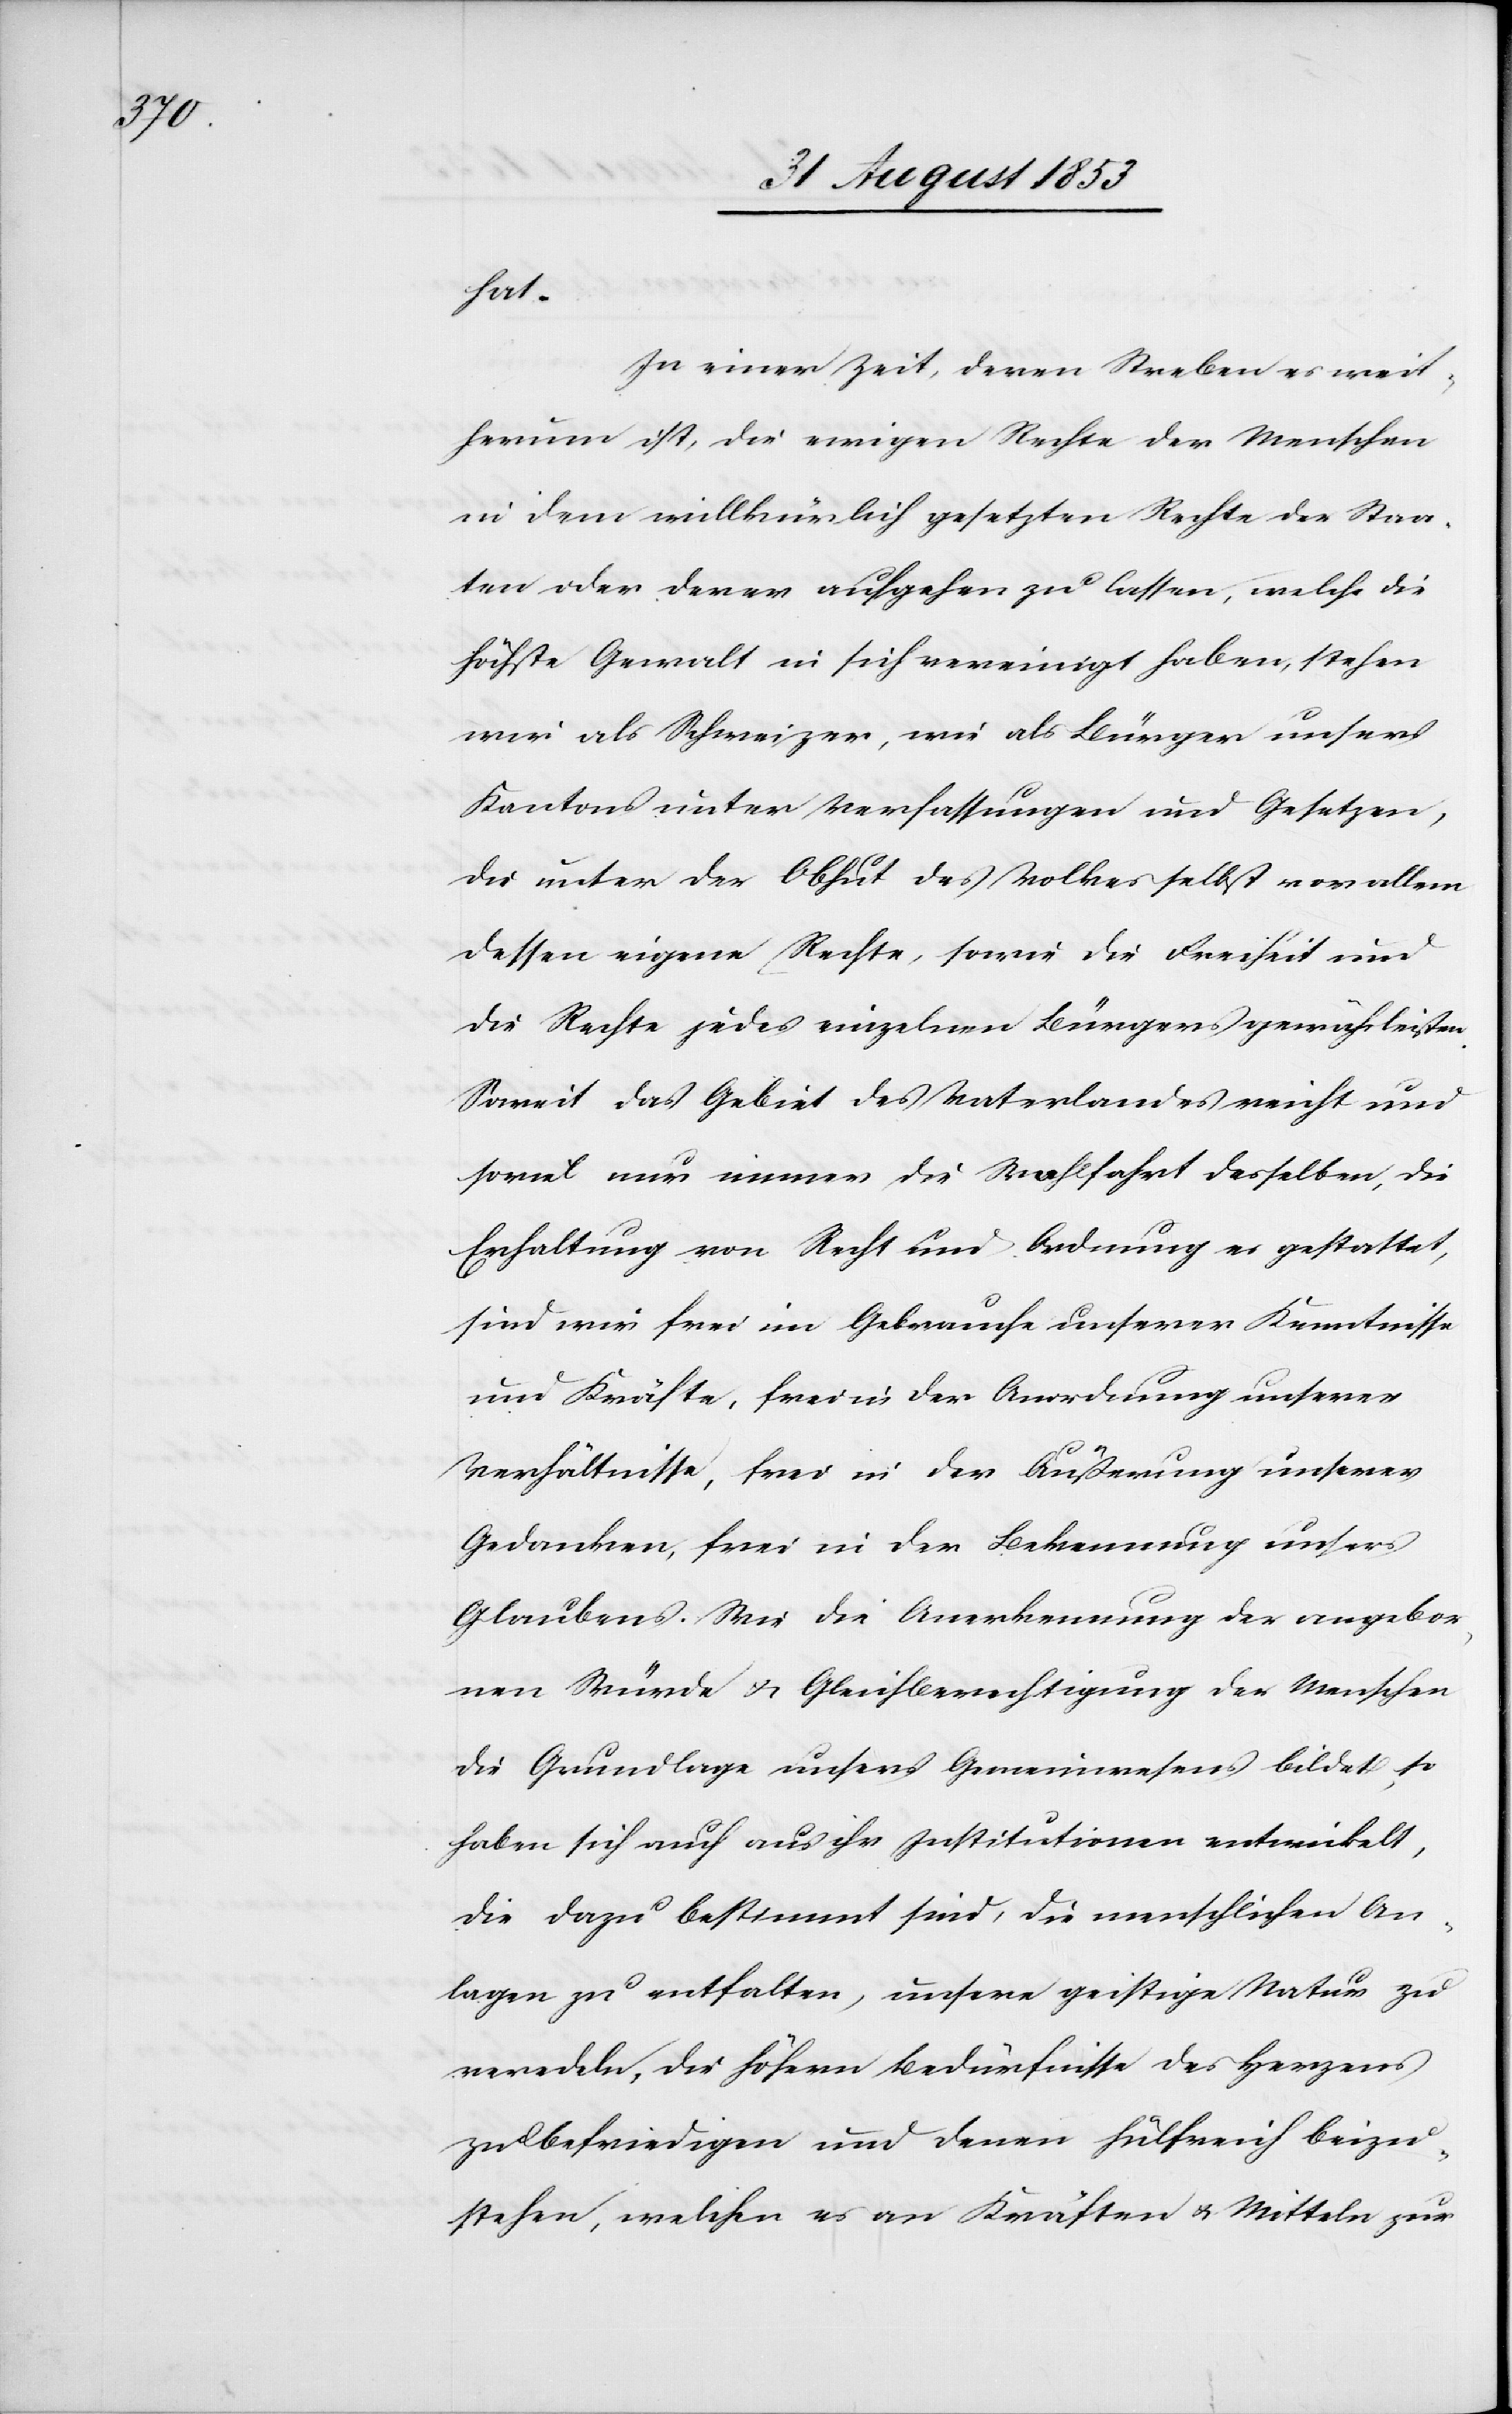
hat.
In einer Zeit, deren Streben es weit¬
herum ist, die wenigen Rechte der Menschen
in dem willkürlich gesetzten Rechte der Staa¬
ten oder derer aufgehen zu lassen, welche die
höchste Gewalt in sich vereinigt haben, stehen
wir als Schweizer, wie als Bürger unseres
Kantons unter Verfassungen und Gesetzen,
die unter der Obhut des Volkes selbst vor allem
dessen eigene Rechte, sowie die Freiheit und
die Rechte jedes einzelnen Bürgers gewährleisten.
Soweit das Gebiet des Vaterlandes reicht und
soviel nur immer die Wohlfahrt desselben, die
Erhaltung von Recht und Ordnung es gestattet,
sind wir frei im Gebrauche unserer Kenntnisse
und Kräfte, frei in der Anordnung unserer
Verhältnisse, frei in der Äußerung unserer
Gedanken, frei in der Ausübung unsers
Glaubens. Wie die Anerkennung der angebor¬
nen Würde u. Gleichberechtigung der Menschen
die Grundlage unsers Gemeinwesens bildet, so
haben sich auch aus ihr Institutionen entwickelt,
die dazu bestimmt sind, die menschlichen An¬
lagen zu entfalten, unsere geistige Statur zu
veredeln, die höhern Bedürfnisse des Herzens
zu befriedigen und denen hülfreich beizu¬
stehen, welchen es an Kräften u. Mitteln zur